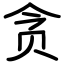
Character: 贪